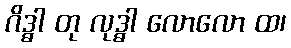
ဂိဒ္ဓါ တု လုဒ္ဓါ လောလော ထ၊